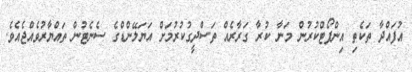
އުފައްދާ ތަކެތި އިންޕޯޓްކުރުން މަނާ ކުރާ ގަރާރެއް ތަސްދީގުކުރުމަށް އަޔަލޭންޑްގެ ސެނެޓުން ތައްޔާރުވެއްޖެއެވެ.